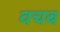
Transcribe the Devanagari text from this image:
वचब